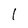
Character: l